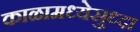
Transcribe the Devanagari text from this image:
काळामध्येसुध्दा